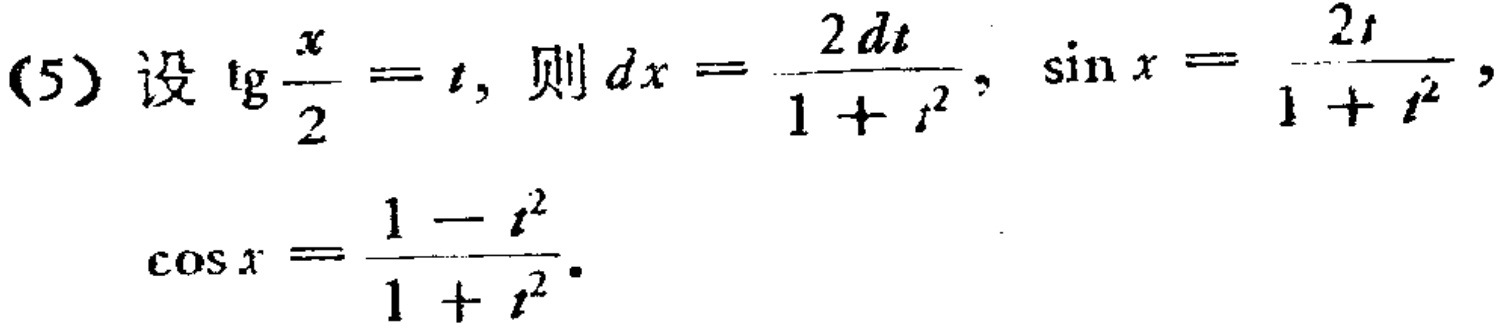
(5) 设$\text{tg}\frac{x}{2}=t$, 则$dx = \frac{2dt}{1 + t^{2}}$, $\sin x = \frac{2t}{1 + t^{2}}$, $\cos x = \frac{1 - t^{2}}{1 + t^{2}}$.